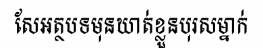
សែអត្ថបទមុនឃាត់ខ្លួនបុរសម្នាក់